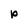
Character: p